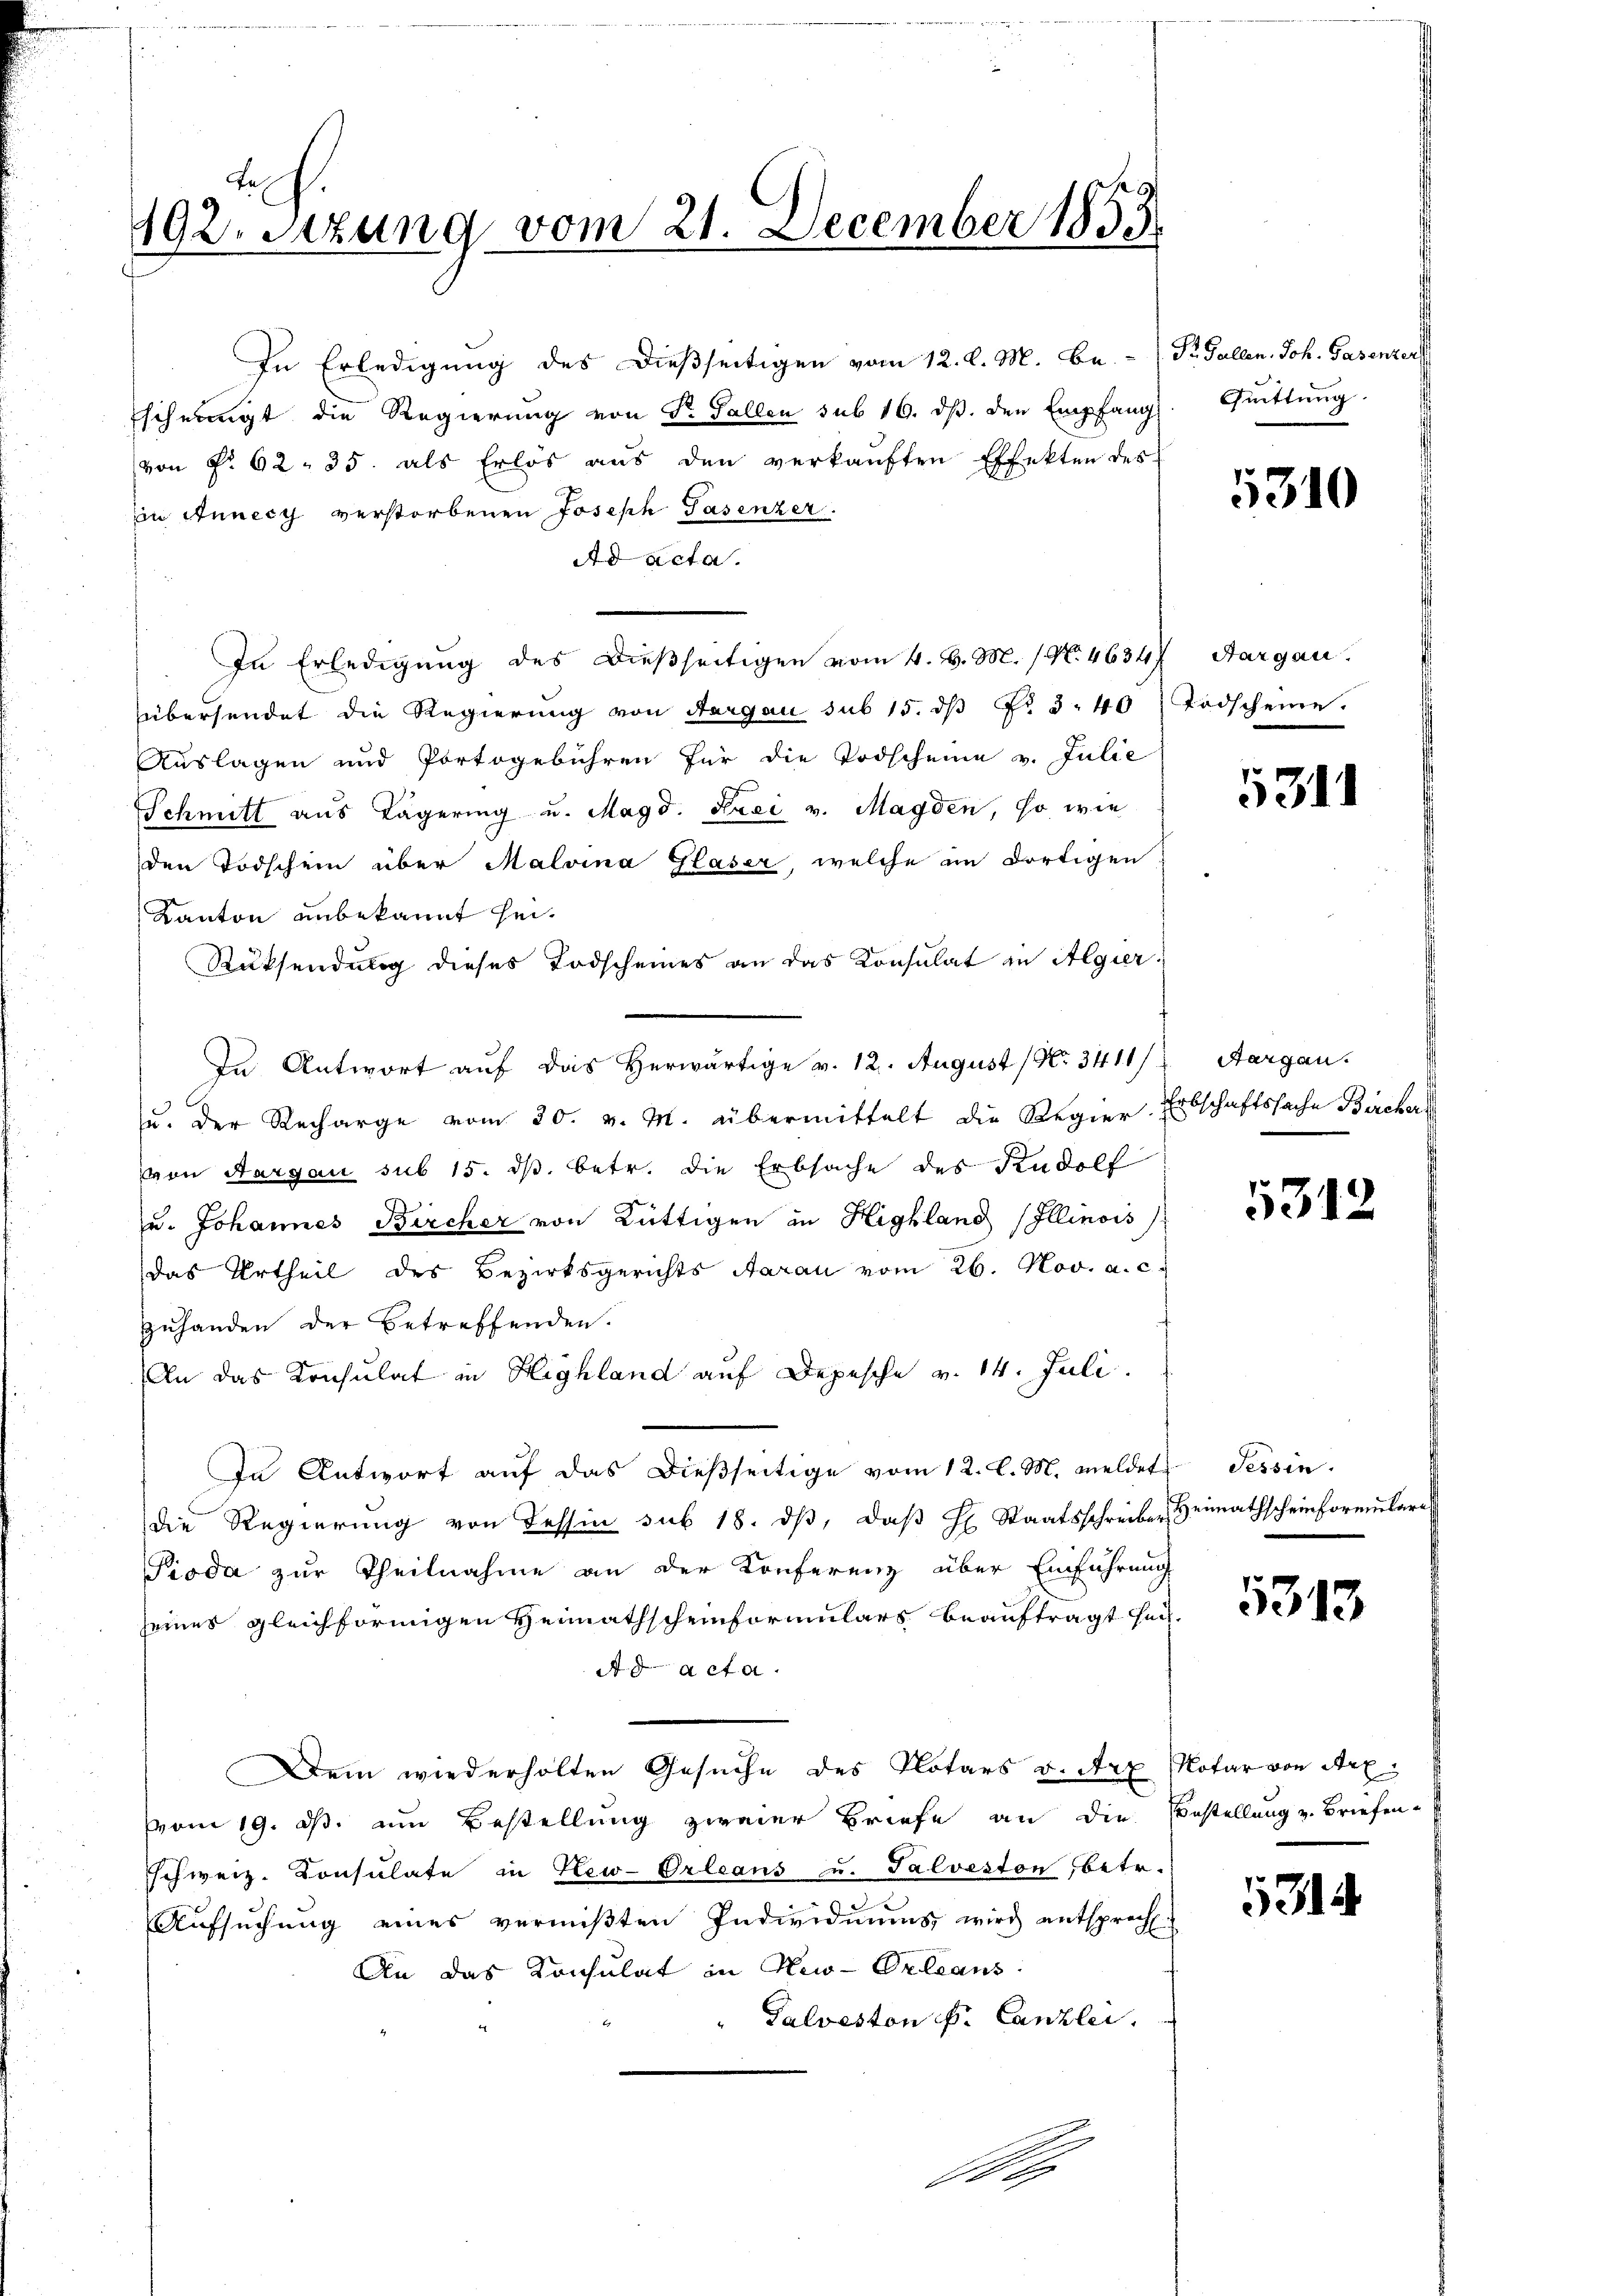
Rh.
192. Sitzung vom 21. December 1853.

In Erledigung des dießseitigen vom 4. d. M. / No. 46347, Aargau.
übersendet die Regierung von Aargau sub 15. dβ Nr. 3. 40 Todscheine.
Auslagen und Portogebühren für die Todscheine v. Julie
Schmitt aus Lägering u. Magd. Frei v. Magden, so wie
den Todschein über Malvina Glaser, welche in dortigen
Kanton unbekannt sei.
Rücksendung dieses Todscheines an das Konsulat in Algier
In Antwort auf das Herwärtige v. 12. August / No. 3411/ Aargau.
Ju. der Recharge vom 30. v. M. übermittelt die Regier-Erbschaftssache Bircher
von Aargau sub 15. ds. betr. die Erbsache des Rudolf
u. Johannes Bircher von Rüttigen in Highland Illinois
das Urtheil des Bezirksgerichts Aarau vom 26. Nov. a. c.
Zuhanden der Betreffenden.
An das Konsulat in Highland auf Depesche v. 14. Juli.
In Antwort aŭf das dieβseitige vom 12. l. M. meldet, Tessin.
die Regierung von Tessin sub 18. dβ, daß H. Staatsschreiber Heimathscheinformulare
Pioda zur Theilnahme an der Konferenz über Einführung
seines gleichförmigen Heimathscheinformulars beauftragt sei.
A facta
Dem wiederholten Gesuche des Notars v. Arx Notar von Art.
vom 19. ds. am Bestellung zweier Briefe an die Bestellung v. Briefen-
schweiz. Consulate in New-Orleans u. Salveston, betr.
Aufsuchung eines vermißten Individuums wird entsprecht.
An das Konsulat in New-Orleans
" Palveston f. Canzlei.
e

In Erledigung des dießseitigen vom 12. d. M. Be.- St. Gallen. Joh. Gasenzers
schneigt die Regierung von Dr. Fallen sub 16. ds. den Empfang
von f. 62. 35. als Erlös aŭs den verkaŭften Effekten des
in Annecy verstorbenen Joseph Pasenzer.
Ad acta.

Quittung.

5310

5311

5312

1313

3